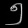
Digit: ၅